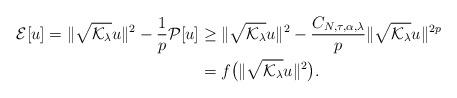
LaTeX: \begin{align*}\mathcal E[u]=\|\sqrt{\mathcal K_\lambda} u\|^2 - \frac1p \mathcal P[u] &\geq\|\sqrt{\mathcal K_\lambda} u\|^2-\frac{C_{N,\tau,\alpha,\lambda}}{p}\|\sqrt{\mathcal K_\lambda} u\|^{2p}\\&=f\big(\|\sqrt{\mathcal K_\lambda} u\|^2\big).\end{align*}